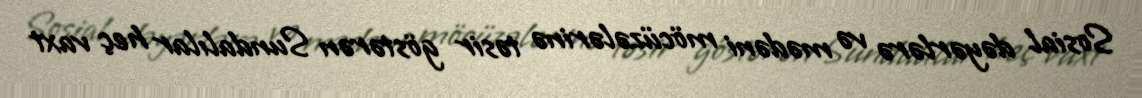
Sosial dəyərlərə və mədəni möcüzələrinə təsir göstərən Sundalılar heç vaxt